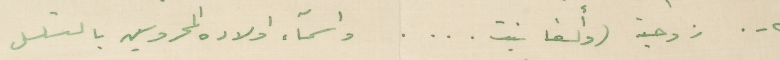
٢-. زوجته (وألغا بنت . . . . واسمآء اولاده المحروسين بالتسلسل